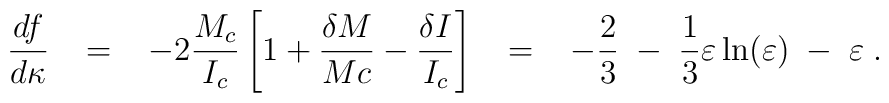
\frac{d  f}{d \kappa } \; \; \; = \; \; \; -2 \frac{M_c}{I_c}\left[ 1 + \frac{\delta M}{Mc} - \frac{\delta I}{I_c} \right]\; \; \; = \; \; \;-\frac{2}{3} \; - \; \frac{1}{3} \varepsilon \ln(\varepsilon)\; - \; \varepsilon \; .